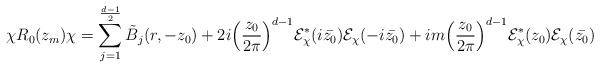
LaTeX: \begin{align*} \chi R_0(z_m) \chi = \sum_{j=1}^{\frac{d-1}{2}} \tilde{B}_j(r, -z_0 ) + 2 i\Big( \frac{z_0} { 2 \pi } \Big)^{d-1} \mathcal{E}^*_{\chi}( i\bar{z_0}) \mathcal{E}_{\chi}( -i\bar{z_0}) + i m \Big( \frac{z_0} { 2 \pi } \Big)^{d-1} \mathcal{E}^*_{\chi}(z_0 ) \mathcal{E}_{\chi}( \bar{z_0} )\end{align*}